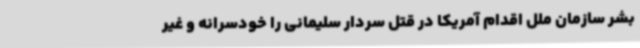
بشر سازمان ملل اقدام آمریکا در قتل سردار سلیمانی را خودسرانه و غیر